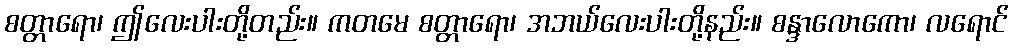
စတ္တာရော၊ ဤလေးပါးတို့တည်း။ ကတမေ စတ္တာရော၊ အဘယ်လေးပါးတို့နည်း။ စန္ဒာလောကော၊ လရောင်